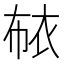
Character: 𰳳